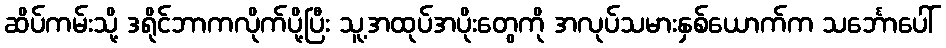
ဆိပ်ကမ်းသို့ ဒရိုင်ဘာကလိုက်ပို့ပြီး သူ့အထုပ်အပိုးတွေကို အလုပ်သမားနှစ်ယောက်က သင်္ဘောပေါ်